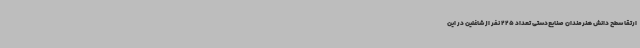
ارتقا سطح دانش هنرمندان صنایع‌دستی تعداد 225 نفر از شاغلین در این